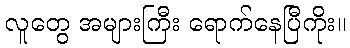
လူတွေ အများကြီး ရောက်နေပြီကိုး။